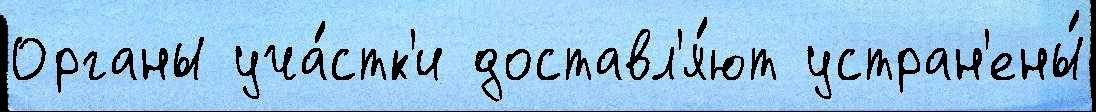
Органы уча́стк'и доставл'я́ют устран'ены́